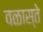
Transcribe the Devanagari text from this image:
वळास्ते